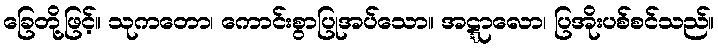
ခြေတို့ဖြင့်။ သုကတော၊ ကောင်းစွာပြုအပ်သော။ အဋ္ဋာလော၊ ပြအိုးပစ်စင်သည်။